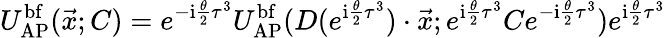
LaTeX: U_{\mathrm{AP}}^{\mathrm{bf}}(\vec{x};C)=e^{-\mathrm{i}{\frac{\theta}{2}}\tau^{3}}U_{\mathrm{AP}}^{\mathrm{bf}}(D(e^{\mathrm{i}{\frac{\theta}{2}}\tau^{3}})\cdot\vec{x};e^{\mathrm{i}{\frac{\theta}{2}}\tau^{3}}Ce^{-\mathrm{i}{\frac{\theta}{2}}\tau^{3}})e^{\mathrm{i}{\frac{\theta}{2}}\tau^{3}}